Vaccination report Assam 1896-1927 - 1896-1927
Year: 1896
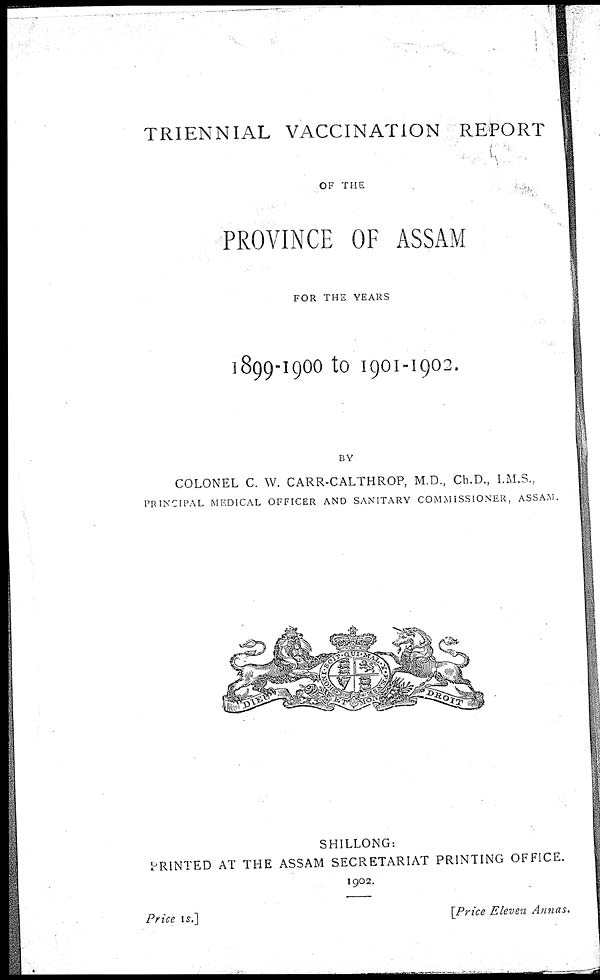
TRIENNIAL VACCINATION REPORT
OF THE
PROVINCE OF ASSAM
FOR THE YEARS
1899-1900 to 1901-1902.
BY
COLONEL C. W. CARR-CALTHROP, M.D., Ch.D., I.M.S.,
PRINCIPAL MEDICAL OFFICER AND SANITARY COMMISSIONER, ASSAM.
SHILLONG:
PRINTED AT THE ASSAM SECRETARIAT PRINTING OFFICE.
1902.
Price 1s.]
[Price Eleven Annas.